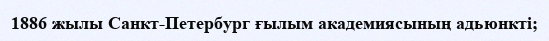
1886 жылы Санкт-Петербург ғылым академиясының адьюнкті;